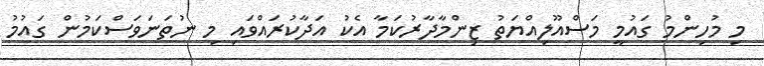
މި މުހިންމު ގައުމީ މަސްއޫލިއްޔަތު ޒިންމާދާރުކަމާ އެކު އަދާކުރައްވައި މި ނުތަނަވަސްކަމުން ގައުމު